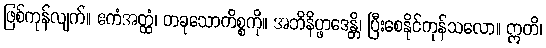
ဖြစ်ကုန်လျက်။ ဧကံအတ္ထံ၊ တခုသောကိစ္စကို။ အဘိနိပ္ဖာဒေန္တိ၊ ပြီးစေနိုင်ကုန်သလော။ ဣတိ၊